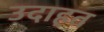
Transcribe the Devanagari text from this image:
उदाहत